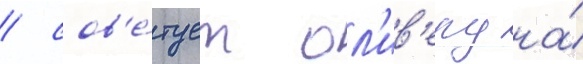
/ сов'е́тует ол'ив'еру на́